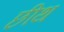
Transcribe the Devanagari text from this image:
छीथ